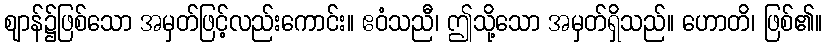
ဈာန်၌ဖြစ်သော အမှတ်ဖြင့်လည်းကောင်း။ ဧဝံသညီ၊ ဤသို့သော အမှတ်ရှိသည်။ ဟောတိ၊ ဖြစ်၏။